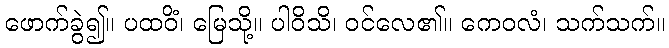
ဖောက်ခွဲ၍။ ပထဝိံ၊ မြေသို့။ ပါဝိသိ၊ ဝင်လေ၏။ ကေဝလံ၊ သက်သက်။